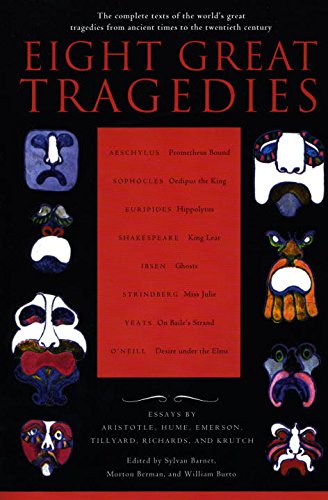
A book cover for Eight Great Tragedies; Literature & Fiction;